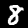
Label: 8